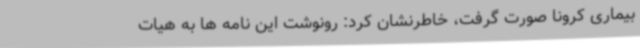
بیماری کرونا صورت گرفت، خاطرنشان کرد: رونوشت این نامه ها به هیات